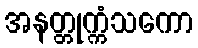
အနတ္တုက္ကံသကော